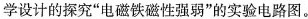
学设计的探究”电磁铁磁性强弱”的实验电路图。